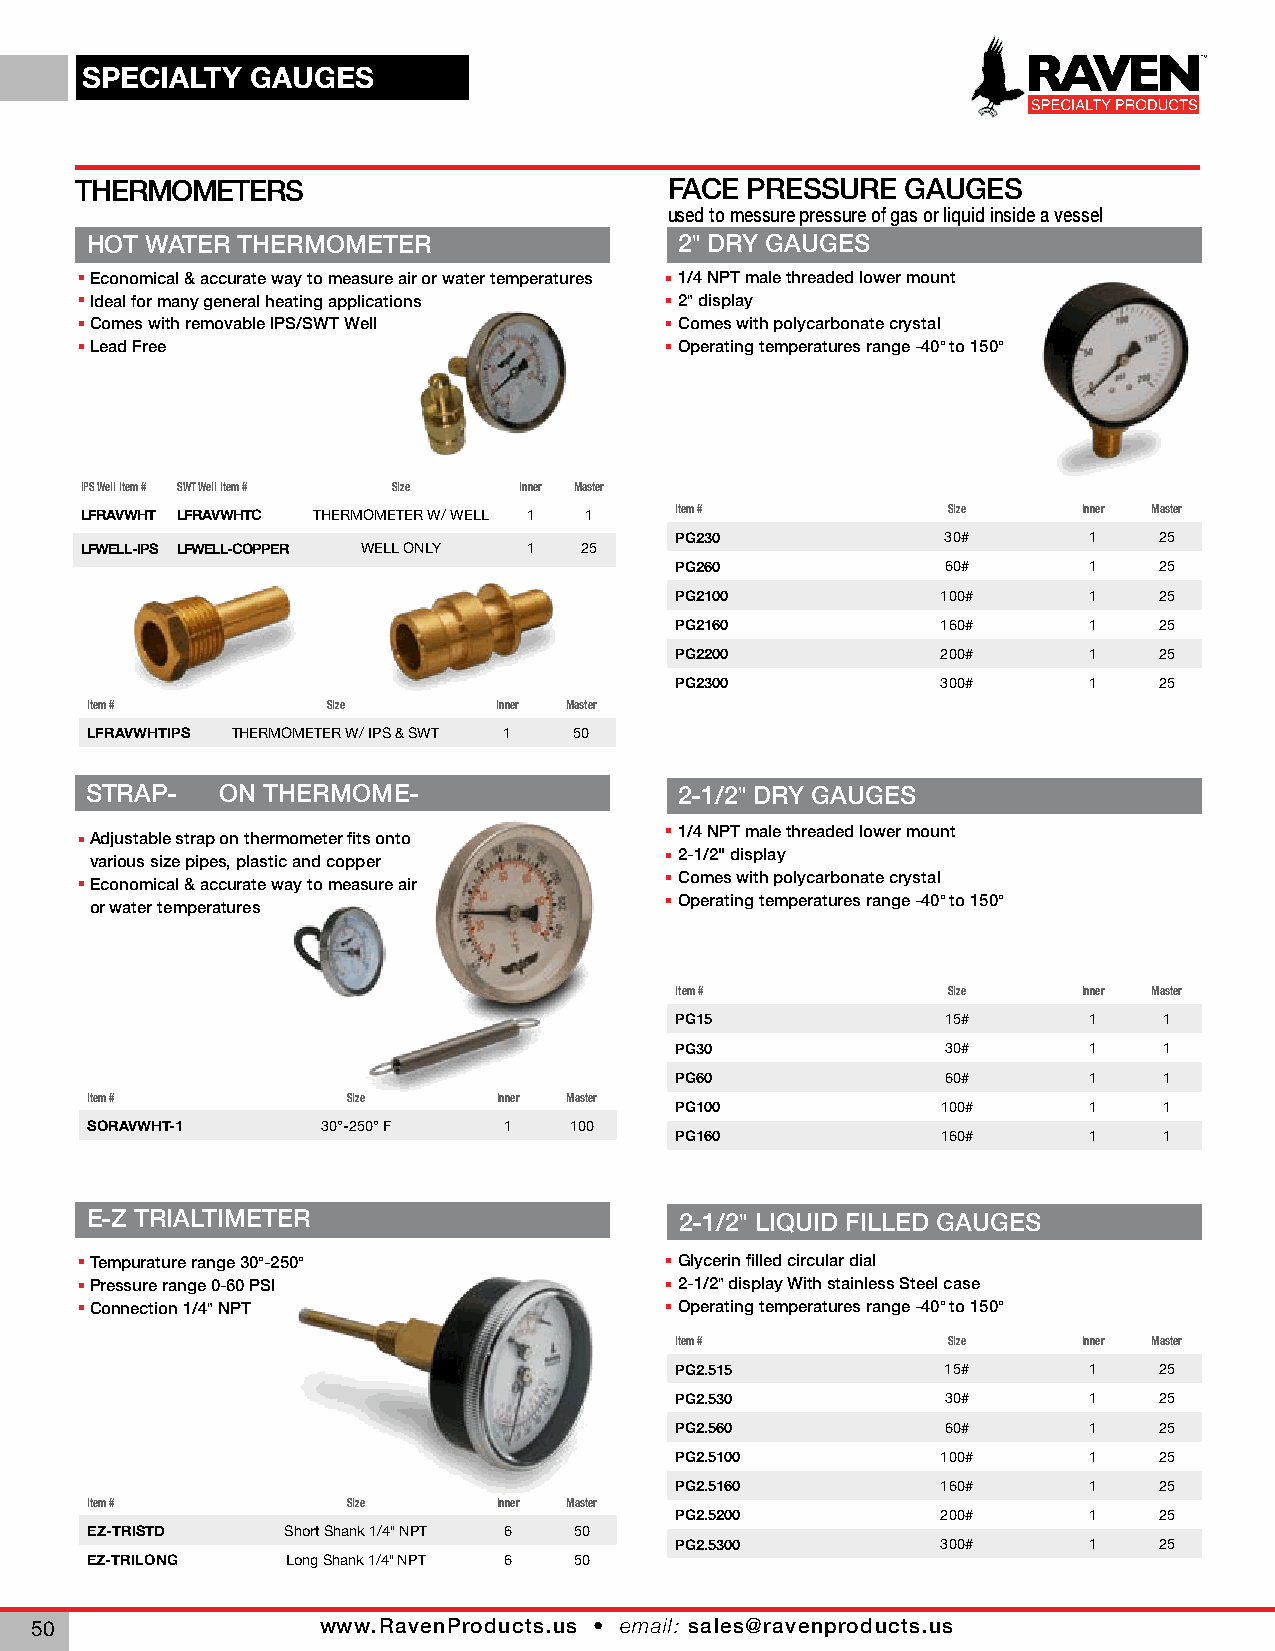
SPECIALTY   GAUGES
 THERMOMETERS                           FACE PRESSURE   GAUGES
 used to messure pressure of gas or liquid inside a vessel
 HOT WATER THERMOMETER                  2" DRY GAUGES
 Economical & accurate way to measure air or water temperatures 1/4 NPT male threaded lower mount
 Ideal for many general heating applications 2" display
 Comes with removable IPS/SWT Well      Comes with polycarbonate crystal
 Lead Free                              Operating temperatures range -40° to 150°
 IPS Well Item # SWT Well Item # Size Inner Master
 Item #            Size     Inner Master
 LFRAVWHT LFRAVWHTC THERMOMETER W/ WELL 1 1
 PG230             30#      1    25
 LFWELL-IPS LFWELL-COPPER WELL ONLY 1 25
 PG260             60#      1    25
 PG2100           100#      1    25
 PG2160           160#      1    25
 PG2200           200#      1    25
 PG2300           300#      1    25
 Item #          Size       Inner Master
 LFRAVWHTIPS THERMOMETER W/ IPS & SWT 1 50
 STRAP-   ON THERMOME-                  2-1/2" DRY GAUGES
 1/4 NPT male threaded lower mount
 Adjustable strap on thermometer fits onto
 2-1/2" display
 various size pipes, plastic and copper
 Comes with polycarbonate crystal
 Economical & accurate way to measure air
 Operating temperatures range -40° to 150°
 or water temperatures
 Item #            Size     Inner Master
 PG15              15#      1    1
 PG30              30#      1    1
 PG60              60#      1    1
 Item #           Size      Inner Master
 PG100            100#      1    1
 SORAVWHT-1     30°-250° F  1    100
 PG160            160#      1    1
 E-Z TRIALTIMETER                       2-1/2" LIQUID FILLED GAUGES
 Tempurature range 30°-250°             Glycerin filled circular dial
 Pressure range 0-60 PSI                2-1/2" display With stainless Steel case
 Connection 1/4" NPT                    Operating temperatures range -40° to 150°
 Item #            Size     Inner Master
 PG2.515           15#      1    25
 PG2.530           30#      1    25
 PG2.560           60#      1    25
 PG2.5100         100#      1    25
 PG2.5160         160#      1    25
 Item #           Size      Inner Master
 PG2.5200         200#      1    25
 EZ-TRISTD    Short Shank 1/4" NPT 6 50
 PG2.5300         300#      1    25
 EZ-TRILONG   Long Shank 1/4" NPT 6 50
 www.RavenProducts.us • email: sales@ravenproducts.us
 50